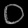
Digit: ၀